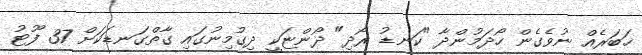
ޚަބަރެއް ނުވެގެން ހޯދަމުންދާ "ކަނޑު ރޯދި" ދޯންޏަކީ ދިގުމިނުގައި ގާތްގަނޑަކަށް 37 ފޫޓު